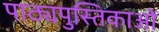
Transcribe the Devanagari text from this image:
पाठ्यपुस्तिकाओं